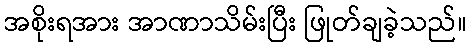
အစိုးရအား အာဏာသိမ်းပြီး ဖြုတ်ချခဲ့သည်။